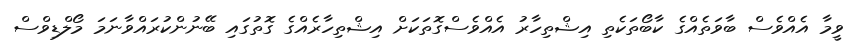
ވީމާ އެއްވެސް ބާވަތެއްގެ ކާބޯތަކެތި އިޝްތިހާރު އެއްވެސްގޮތަކަށް އިޝްތިހާރެއްގެ ގޮތުގައި ބޭނުންކުރައްވާނަމަ މޯލްޑިވްސް